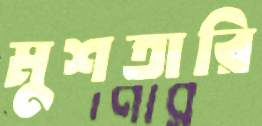
মুশতারি